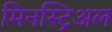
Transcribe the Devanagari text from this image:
मिनस्ट्रिअल